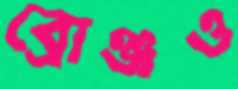
ব্রোঞ্জও